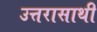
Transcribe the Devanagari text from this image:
उत्तरासाथी